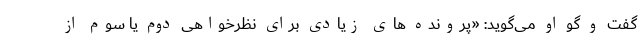
گفت و گو او می‌گوید: «‌پرونده های زیادی برای نظرخواهی دوم یا سوم از